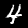
Digit: 4